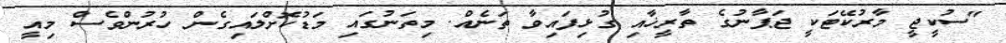
"ސުކީޖީ މާރުކޭޓަކީ ޖަޕާނުގެ ތާރީޚާއި ގުޅިފައިވާ ތަނެއް. މިތަނުގައި މަޑުކޮށްލައިގެން ހުރުންވެސް މިއީ